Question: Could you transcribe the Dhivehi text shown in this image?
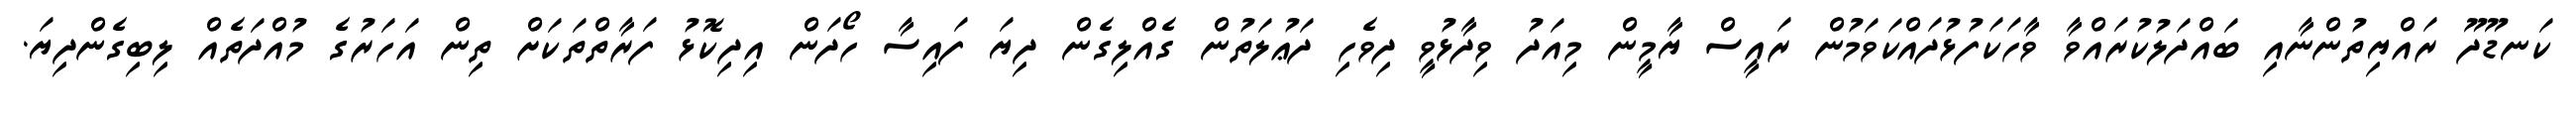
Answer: ކަނޑޫދޫ ރައްޔިތުންނާއި ބައްދަލުކުރައްވާ ވާހަކަފުޅުދައްކަވަމުން ރައީސް ޔާމީން މިއަދު ވިދާޅުވީ ދިވެހި ދަޢުލަތުން ގެއްލިގެން ދިޔަ ފައިސާ ހޯދަން އިދިކޮޅު ފަރާތްތަކަށް ތިން އަހަރުގެ މުއްދަތެއް ލިބިގެންދިޔަ.